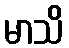
မာသိ